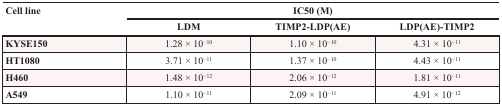
<table><thead><tr><td rowspan="2"><b>Cell line</b></td><td colspan="3"><b>IC50 (M)</b></td></tr><tr><td><b>LDM</b></td><td><b>TIMP2-LDP(AE)</b></td><td><b>LDP(AE)-TIMP2</b></td></tr></thead><tbody><tr><td><b>KYSE150</b></td><td>1.28 × 10<sup>−10</sup></td><td>1.10 × 10<sup>−10</sup></td><td>4.31 × 10<sup>−11</sup></td></tr><tr><td><b>HT1080</b></td><td>3.71 × 10<sup>−11</sup></td><td>1.37 × 10<sup>−10</sup></td><td>4.43 × 10<sup>−11</sup></td></tr><tr><td><b>H460</b></td><td>1.48 × 10<sup>−12</sup></td><td>2.06 × 10<sup>−12</sup></td><td>1.81 × 10<sup>−11</sup></td></tr><tr><td><b>A549</b></td><td>1.10 × 10<sup>−11</sup></td><td>2.09 × 10<sup>−11</sup></td><td>4.91 × 10<sup>−12</sup></td></tr></tbody></table>